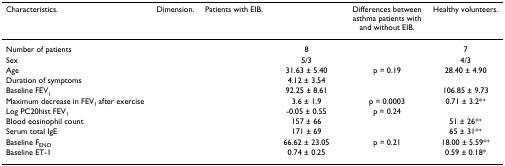
<table><thead><tr><td><b>Characteristics.</b></td><td><b>Dimension.</b></td><td><b>Patients with EIB.</b></td><td>[EMPTY_CELL]</td><td><b>Differences between asthma patients with and without EIB.</b></td><td><b>Healthy volunteers.</b></td></tr></thead><tbody><tr><td>Number of patients</td><td>[EMPTY_CELL]</td><td>[EMPTY_CELL]</td><td>8</td><td>[EMPTY_CELL]</td><td>7</td></tr><tr><td>Sex</td><td>[EMPTY_CELL]</td><td>[EMPTY_CELL]</td><td>5/3</td><td>[EMPTY_CELL]</td><td>4/3</td></tr><tr><td>Age</td><td>[EMPTY_CELL]</td><td>[EMPTY_CELL]</td><td>31.63 ± 5.40</td><td>p = 0.19</td><td>28.40 ± 4.90</td></tr><tr><td>Duration of symptoms</td><td>[EMPTY_CELL]</td><td>[EMPTY_CELL]</td><td>4.12 ± 3.54</td><td>[EMPTY_CELL]</td><td>[EMPTY_CELL]</td></tr><tr><td>Baseline FEV<sub>1</sub></td><td>[EMPTY_CELL]</td><td>[EMPTY_CELL]</td><td>92.25 ± 8.61</td><td>[EMPTY_CELL]</td><td>106.85 ± 9.73</td></tr><tr><td>Maximum decrease in FEV<sub>1 </sub>after exercise</td><td>[EMPTY_CELL]</td><td>[EMPTY_CELL]</td><td>3.6 ± 1.9</td><td>p = 0.0003</td><td>0.71 ± 3.2*<sup>+</sup></td></tr><tr><td>Log PC20hist FEV<sub>1</sub></td><td>[EMPTY_CELL]</td><td>[EMPTY_CELL]</td><td>-0.05 ± 0.55</td><td>p = 0.24</td><td>[EMPTY_CELL]</td></tr><tr><td>Blood eosinophil count</td><td>[EMPTY_CELL]</td><td>[EMPTY_CELL]</td><td>157 ± 66</td><td>[EMPTY_CELL]</td><td>51 ± 26*<sup>+</sup></td></tr><tr><td>Serum total IgE</td><td>[EMPTY_CELL]</td><td>[EMPTY_CELL]</td><td>171 ± 69</td><td>[EMPTY_CELL]</td><td>65 ± 31*<sup>+</sup></td></tr><tr><td>Baseline F<sub>ENO</sub></td><td>[EMPTY_CELL]</td><td>[EMPTY_CELL]</td><td>66.62 ± 23.05</td><td>p = 0.21</td><td>18.00 ± 5.59*<sup>+</sup></td></tr><tr><td>Baseline ET-1</td><td>[EMPTY_CELL]</td><td>[EMPTY_CELL]</td><td>0.74 ± 0.25</td><td>[EMPTY_CELL]</td><td>0.59 ± 0.18*</td></tr></tbody></table>